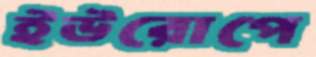
ইউরোপে